Document type: Sale
Year: 1326
Scribe: Bartomeu Marc
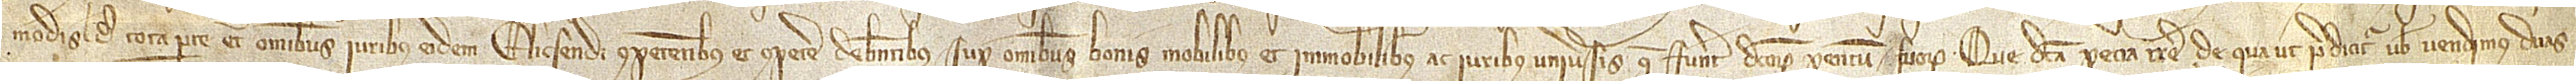
modis de tota parte et omnibus iuribus eidem Elicsendi competentibus et competere debentibus super omnibus bonis mobilibus et immobilibus ac iuribus universis que fuerunt dictorum parentum suorum. Que dicta pecia terre de qua, ut predicitur, vobis vendimus duas